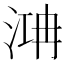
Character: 㴂